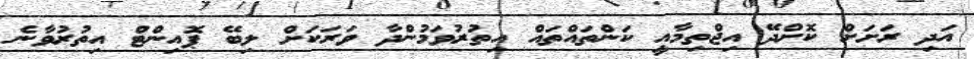
އަދި ރަށަށް ކޮށްދޭ އިޖްތިމާއީ ކަންތައްތައް އިތުރުވަމުންދާ ވަރަކަށް ލިބޭ ޕޮއިންޓް އިތުރުވާނެ